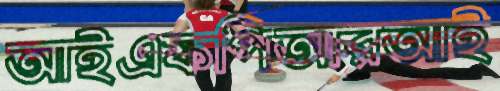
আইএফপিআরআই